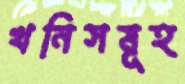
খনিসমূহ